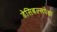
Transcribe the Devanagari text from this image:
डेसिबल्सपेक्षा